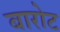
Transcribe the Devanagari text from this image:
बारोट